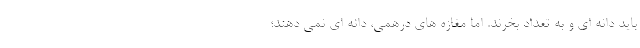
باید دانه ای و به تعداد بخرند. اما مغازه های درهمی، دانه ای نمی دهند؛